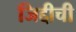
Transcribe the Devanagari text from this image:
जिद्दीची